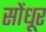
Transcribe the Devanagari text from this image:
सोंधूर